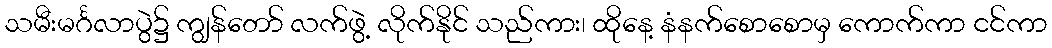
သမီးမင်္ဂလာပွဲ၌ ကျွန်တော် လက်ဖွဲ့ လိုက်နိုင် သည်ကား၊ ထိုနေ့ နံနက်စောစောမှ ကောက်ကာ ငင်ကာ